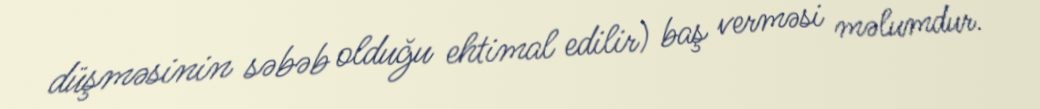
düşməsinin səbəb olduğu ehtimal edilir) baş verməsi məlumdur.